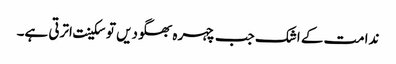
ندامت کے اشک جب چہرہ بھگودیں توسکینت اترتی ہے۔